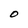
Character: O